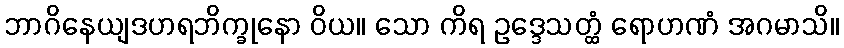
ဘာဂိနေယျဒဟရဘိက္ခုနော ဝိယ။ သော ကိရ ဥဒ္ဒေသတ္ထံ ရောဟဏံ အဂမာသိ။